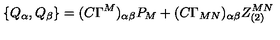
\{ Q _ { \alpha } , Q _ { \beta } \} = ( C \Gamma ^ { M } ) _ { \alpha \beta } P _ { M } + ( C \Gamma _ { M N } ) _ { \alpha \beta } Z _ { ( 2 ) } ^ { M N }